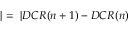
| = ~ | D C R ( n + 1 ) - D C R ( n )